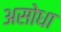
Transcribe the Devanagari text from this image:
असोधा